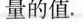
量的值。